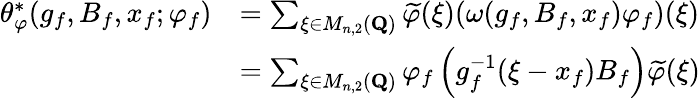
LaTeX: \begin{array}{rl}{\theta_{\varphi}^{*}(g_{f},B_{f},x_{f};\varphi_{f})}&{=\sum_{\xi\in M_{n,2}(\mathbf{Q})}\widetilde{\varphi}(\xi)(\omega(g_{f},B_{f},x_{f})\varphi_{f})(\xi)}\\ &{=\sum_{\xi\in M_{n,2}(\mathbf{Q})}\varphi_{f}\left(g_{f}^{-1}(\xi-x_{f})B_{f}\right)\widetilde{\varphi}(\xi)}\end{array}